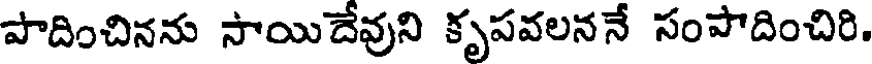
పాదించినను సాయిదేవుని కృపవలననే సంపాదించిరి.